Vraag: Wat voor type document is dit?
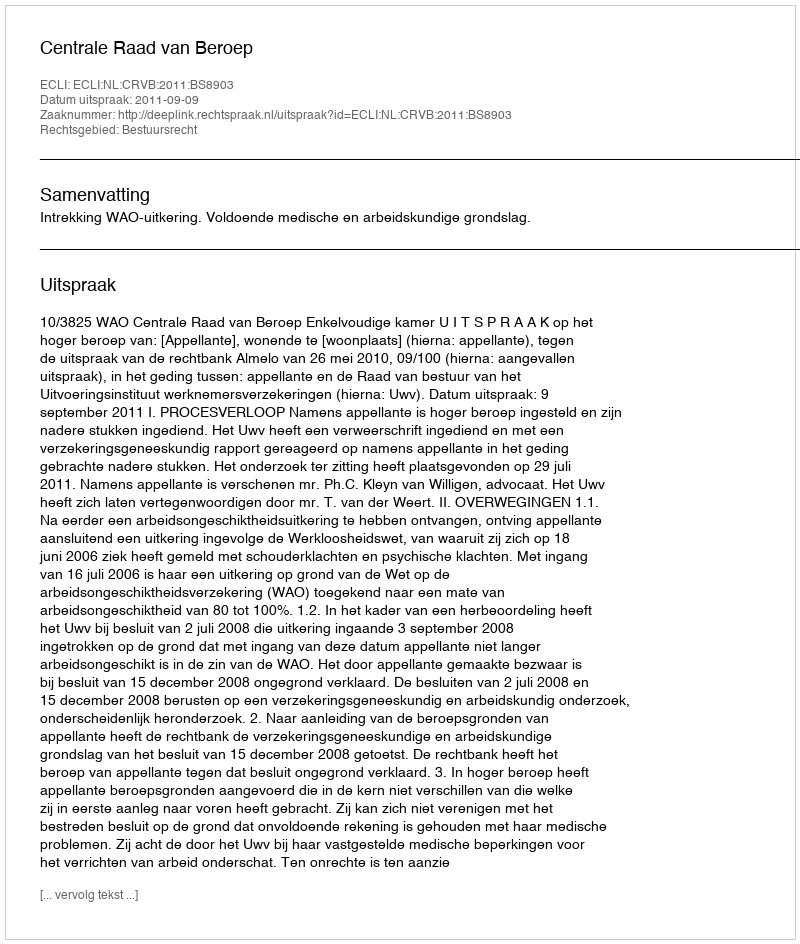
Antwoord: Uitspraak